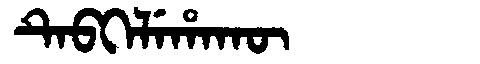
Manchu: ᡨᡝᠪᡴᡝᠯᡝᡥᠠᡴᡡ
Romanization: TEBKELEHAKŪ